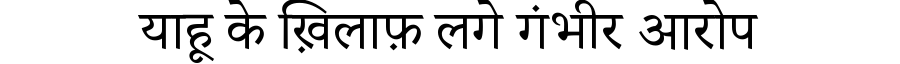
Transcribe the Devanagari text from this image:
याहू के ख़िलाफ़ लगे गंभीर आरोप